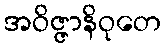
အဝိဇ္ဇာနိဝုတေ